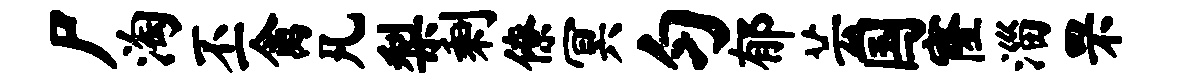
尸淘丕禽凡梨剩僚冥匀郁芸国窿淄罘